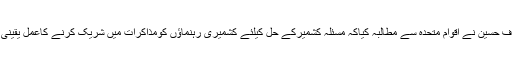
جناب الطا ف حسین نے اقوام متحدہ سے مطالبہ کیاکہ مسئلہ کشمیرکے حل کیلئے کشمیری رہنماؤں کومذاکرات میں شریک کرنے کاعمل یقینی بنایاجائے۔